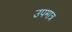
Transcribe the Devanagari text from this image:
उपमात्र